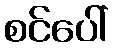
စင်ပေါ်